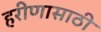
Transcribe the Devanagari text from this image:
हरीणासाठी